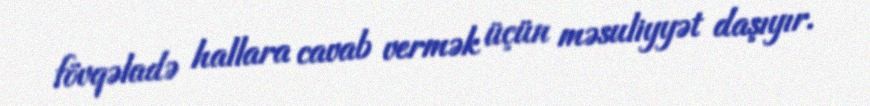
fövqəladə hallara cavab vermək üçün məsuliyyət daşıyır.